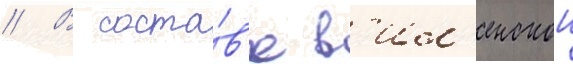
// В соста́в'е в'ил'енскои